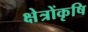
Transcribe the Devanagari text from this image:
क्षेत्रोंकृषि